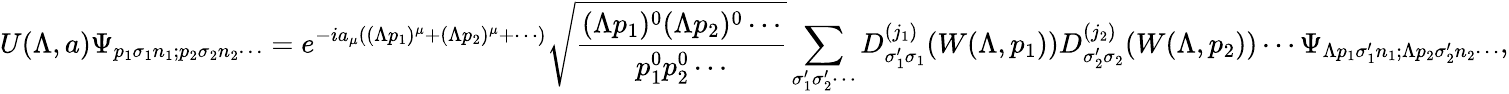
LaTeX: U(\Lambda,a)\Psi_{p_{1}\sigma_{1}n_{1};p_{2}\sigma_{2}n_{2}\cdots}=e^{-ia_{\mu}((\Lambda p_{1})^{\mu}+(\Lambda p_{2})^{\mu}+\cdots)}{\sqrt{\frac{(\Lambda p_{1})^{0}(\Lambda p_{2})^{0}\cdots}{p_{1}^{0}p_{2}^{0}\cdots}}}\sum_{\sigma_{1}^{\prime}\sigma_{2}^{\prime}\cdots}D_{\sigma_{1}^{\prime}\sigma_{1}}^{(j_{1})}(W(\Lambda,p_{1}))D_{\sigma_{2}^{\prime}\sigma_{2}}^{(j_{2})}(W(\Lambda,p_{2}))\cdots\Psi_{\Lambda p_{1}\sigma_{1}^{\prime}n_{1};\Lambda p_{2}\sigma_{2}^{\prime}n_{2}\cdots},